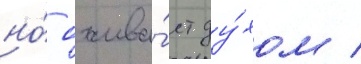
но́ ожива́ет ду́хом /